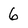
Character: 6